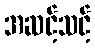
အဆင့်သင့်